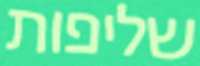
שליפות